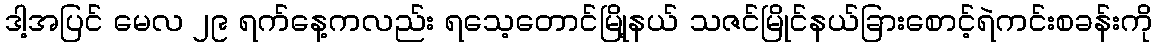
ဒါ့အပြင် မေလ ၂၉ ရက်နေ့ကလည်း ရသေ့တောင်မြို့နယ် သဇင်မြိုင်နယ်ခြားစောင့်ရဲကင်းစခန်းကို